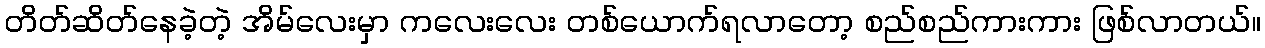
တိတ်ဆိတ်နေခဲ့တဲ့ အိမ်လေးမှာ ကလေးလေး တစ်ယောက်ရလာတော့ စည်စည်ကားကား ဖြစ်လာတယ်။